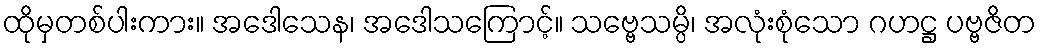
ထိုမှတစ်ပါးကား။ အဒေါသေန၊ အဒေါသကြောင့်။ သဗ္ဗေသမ္ပိ၊ အလုံးစုံသော ဂဟဋ္ဌ ပဗ္ဗဇိတ